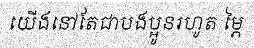
យើងនៅតែជាបងប្អូនរហូត ម្ភៃ